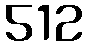
512